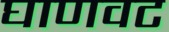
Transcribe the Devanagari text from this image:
घाणवट